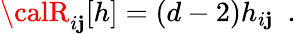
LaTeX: {\calR}_{i\mathbf{j}}[h]=(d-2)h_{i\mathbf{j}}~~.